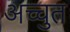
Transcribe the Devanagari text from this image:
अच्चुत